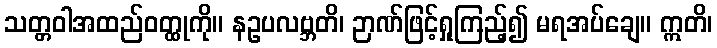
သတ္တဝါအထည်ဝတ္ထုကို။ နဥပလဗ္ဘတိ၊ ဉာဏ်ဖြင့်ရှုကြည့်၍ မရအပ်ချေ။ ဣတိ၊